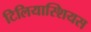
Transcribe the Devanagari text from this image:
टिलियास्शियस